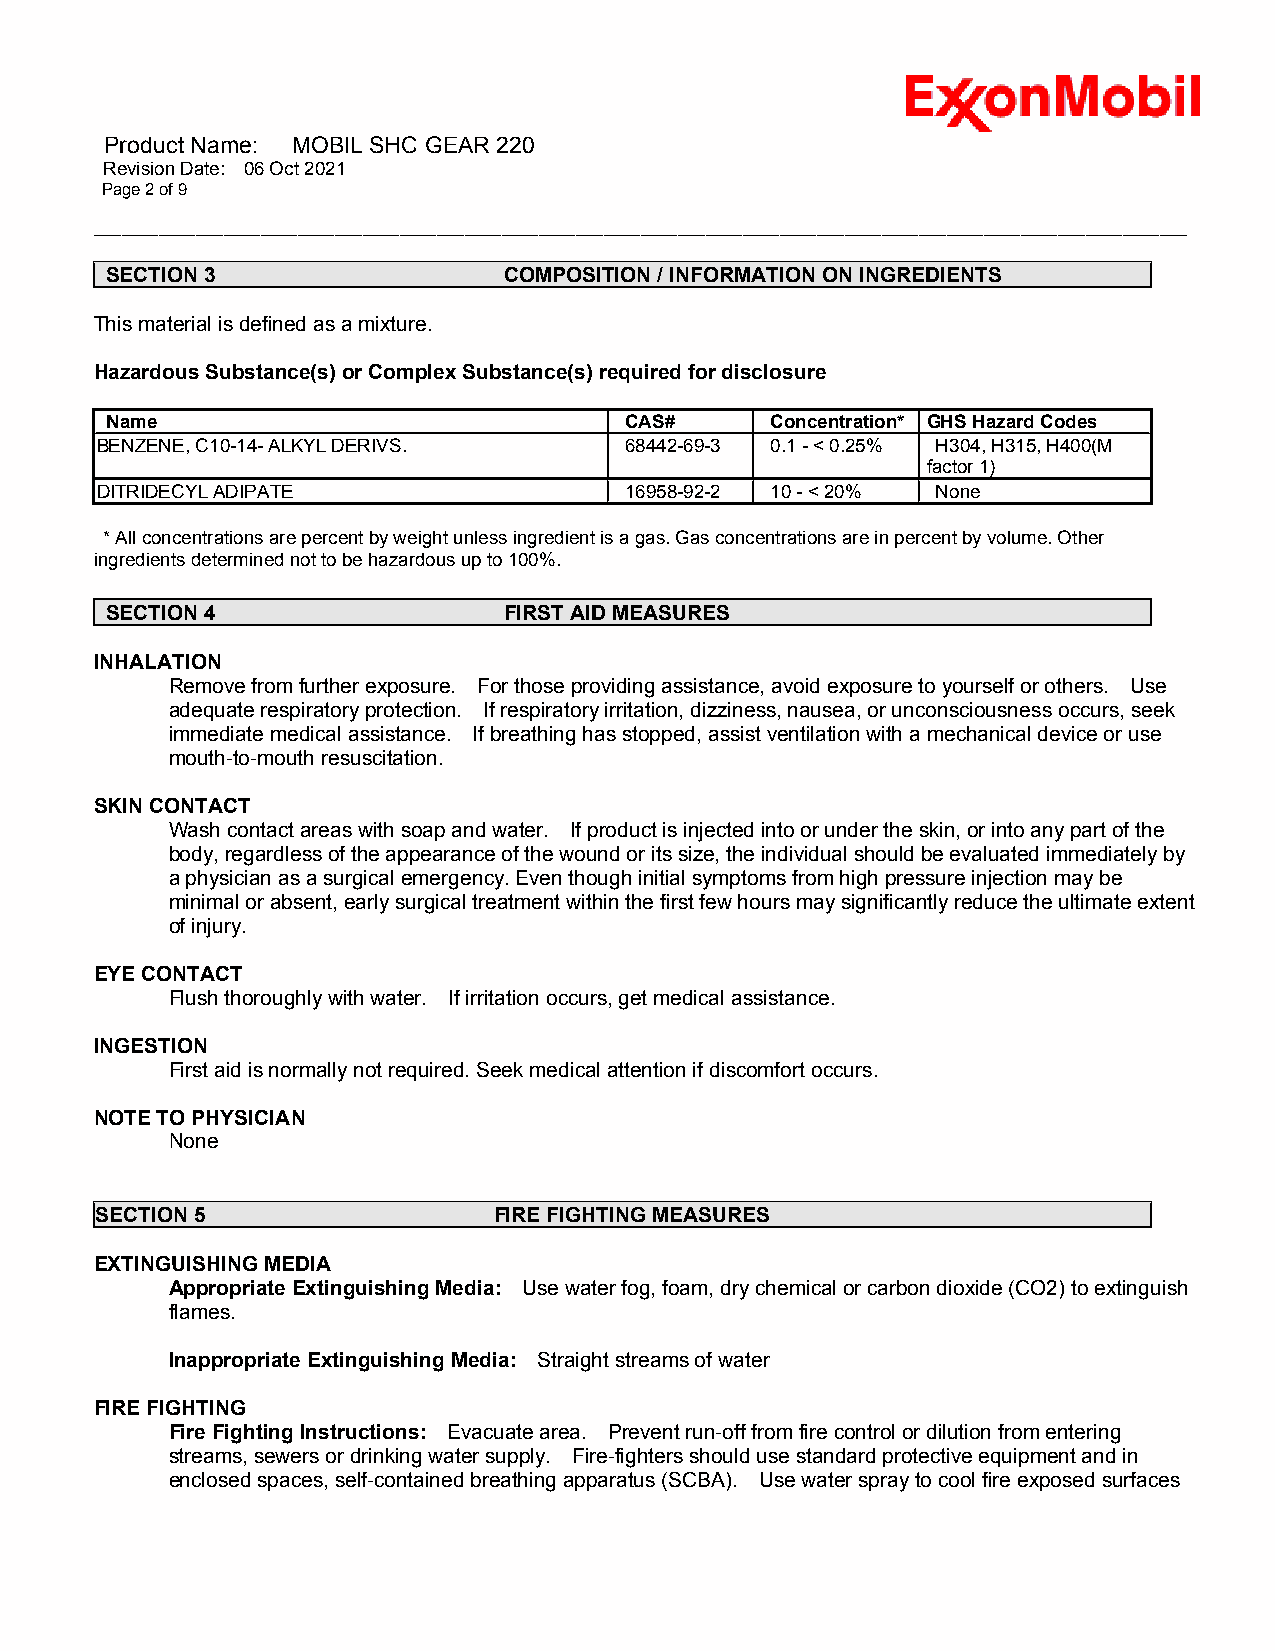
Product Name: MOBIL SHC GEAR 220
 Revision Date: 06 Oct 2021
 Page 2 of 9
 ______________________________________________________________________________________________________________________
 SECTION 3                 COMPOSITION / INFORMATION ON INGREDIENTS
 This material is defined as a mixture.
 Hazardous Substance(s) or Complex Substance(s) required for disclosure
 Name                              CAS#      Concentration* GHS Hazard Codes
 BENZENE, C10-14- ALKYL DERIVS.     68442-69-3 0.1 - < 0.25% H304, H315, H400(M
 factor 1)
 DITRIDECYL ADIPATE                 16958-92-2 10 - < 20% None
 * All concentrations are percent by weight unless ingredient is a gas. Gas concentrations are in percent by volume. Other
 ingredients determined not to be hazardous up to 100%.
 SECTION 4                 FIRST AID MEASURES
 INHALATION
 Remove from further exposure. For those providing assistance, avoid exposure to yourself or others. Use
 adequate respiratory protection. If respiratory irritation, dizziness, nausea, or unconsciousness occurs, seek
 immediate medical assistance. If breathing has stopped, assist ventilation with a mechanical device or use
 mouth-to-mouth resuscitation.
 SKIN CONTACT
 Wash contact areas with soap and water. If product is injected into or under the skin, or into any part of the
 body, regardless of the appearance of the wound or its size, the individual should be evaluated immediately by
 a physician as a surgical emergency. Even though initial symptoms from high pressure injection may be
 minimal or absent, early surgical treatment within the first few hours may significantly reduce the ultimate extent
 of injury.
 EYE CONTACT
 Flush thoroughly with water. If irritation occurs, get medical assistance.
 INGESTION
 First aid is normally not required. Seek medical attention if discomfort occurs.
 NOTE TO PHYSICIAN
 None
 SECTION 5                  FIRE FIGHTING MEASURES
 EXTINGUISHING MEDIA
 Appropriate Extinguishing Media: Use water fog, foam, dry chemical or carbon dioxide (CO2) to extinguish
 flames.
 Inappropriate Extinguishing Media: Straight streams of water
 FIRE FIGHTING
 Fire Fighting Instructions: Evacuate area. Prevent run-off from fire control or dilution from entering
 streams, sewers or drinking water supply. Fire-fighters should use standard protective equipment and in
 enclosed spaces, self-contained breathing apparatus (SCBA). Use water spray to cool fire exposed surfaces